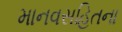
માનવસહિતના